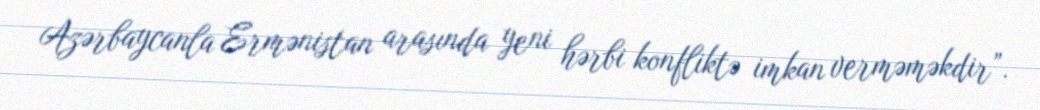
Azərbaycanla Ermənistan arasında yeni hərbi konfliktə imkan verməməkdir”.